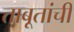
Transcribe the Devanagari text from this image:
ताबूतांची